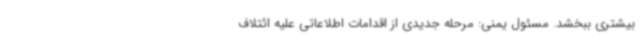
بیشتری ببخشد. مسئول یمنی: مرحله جدیدی از اقدامات اطلاعاتی علیه ائتلاف